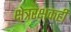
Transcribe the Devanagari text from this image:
क्षेत्ररक्षकही